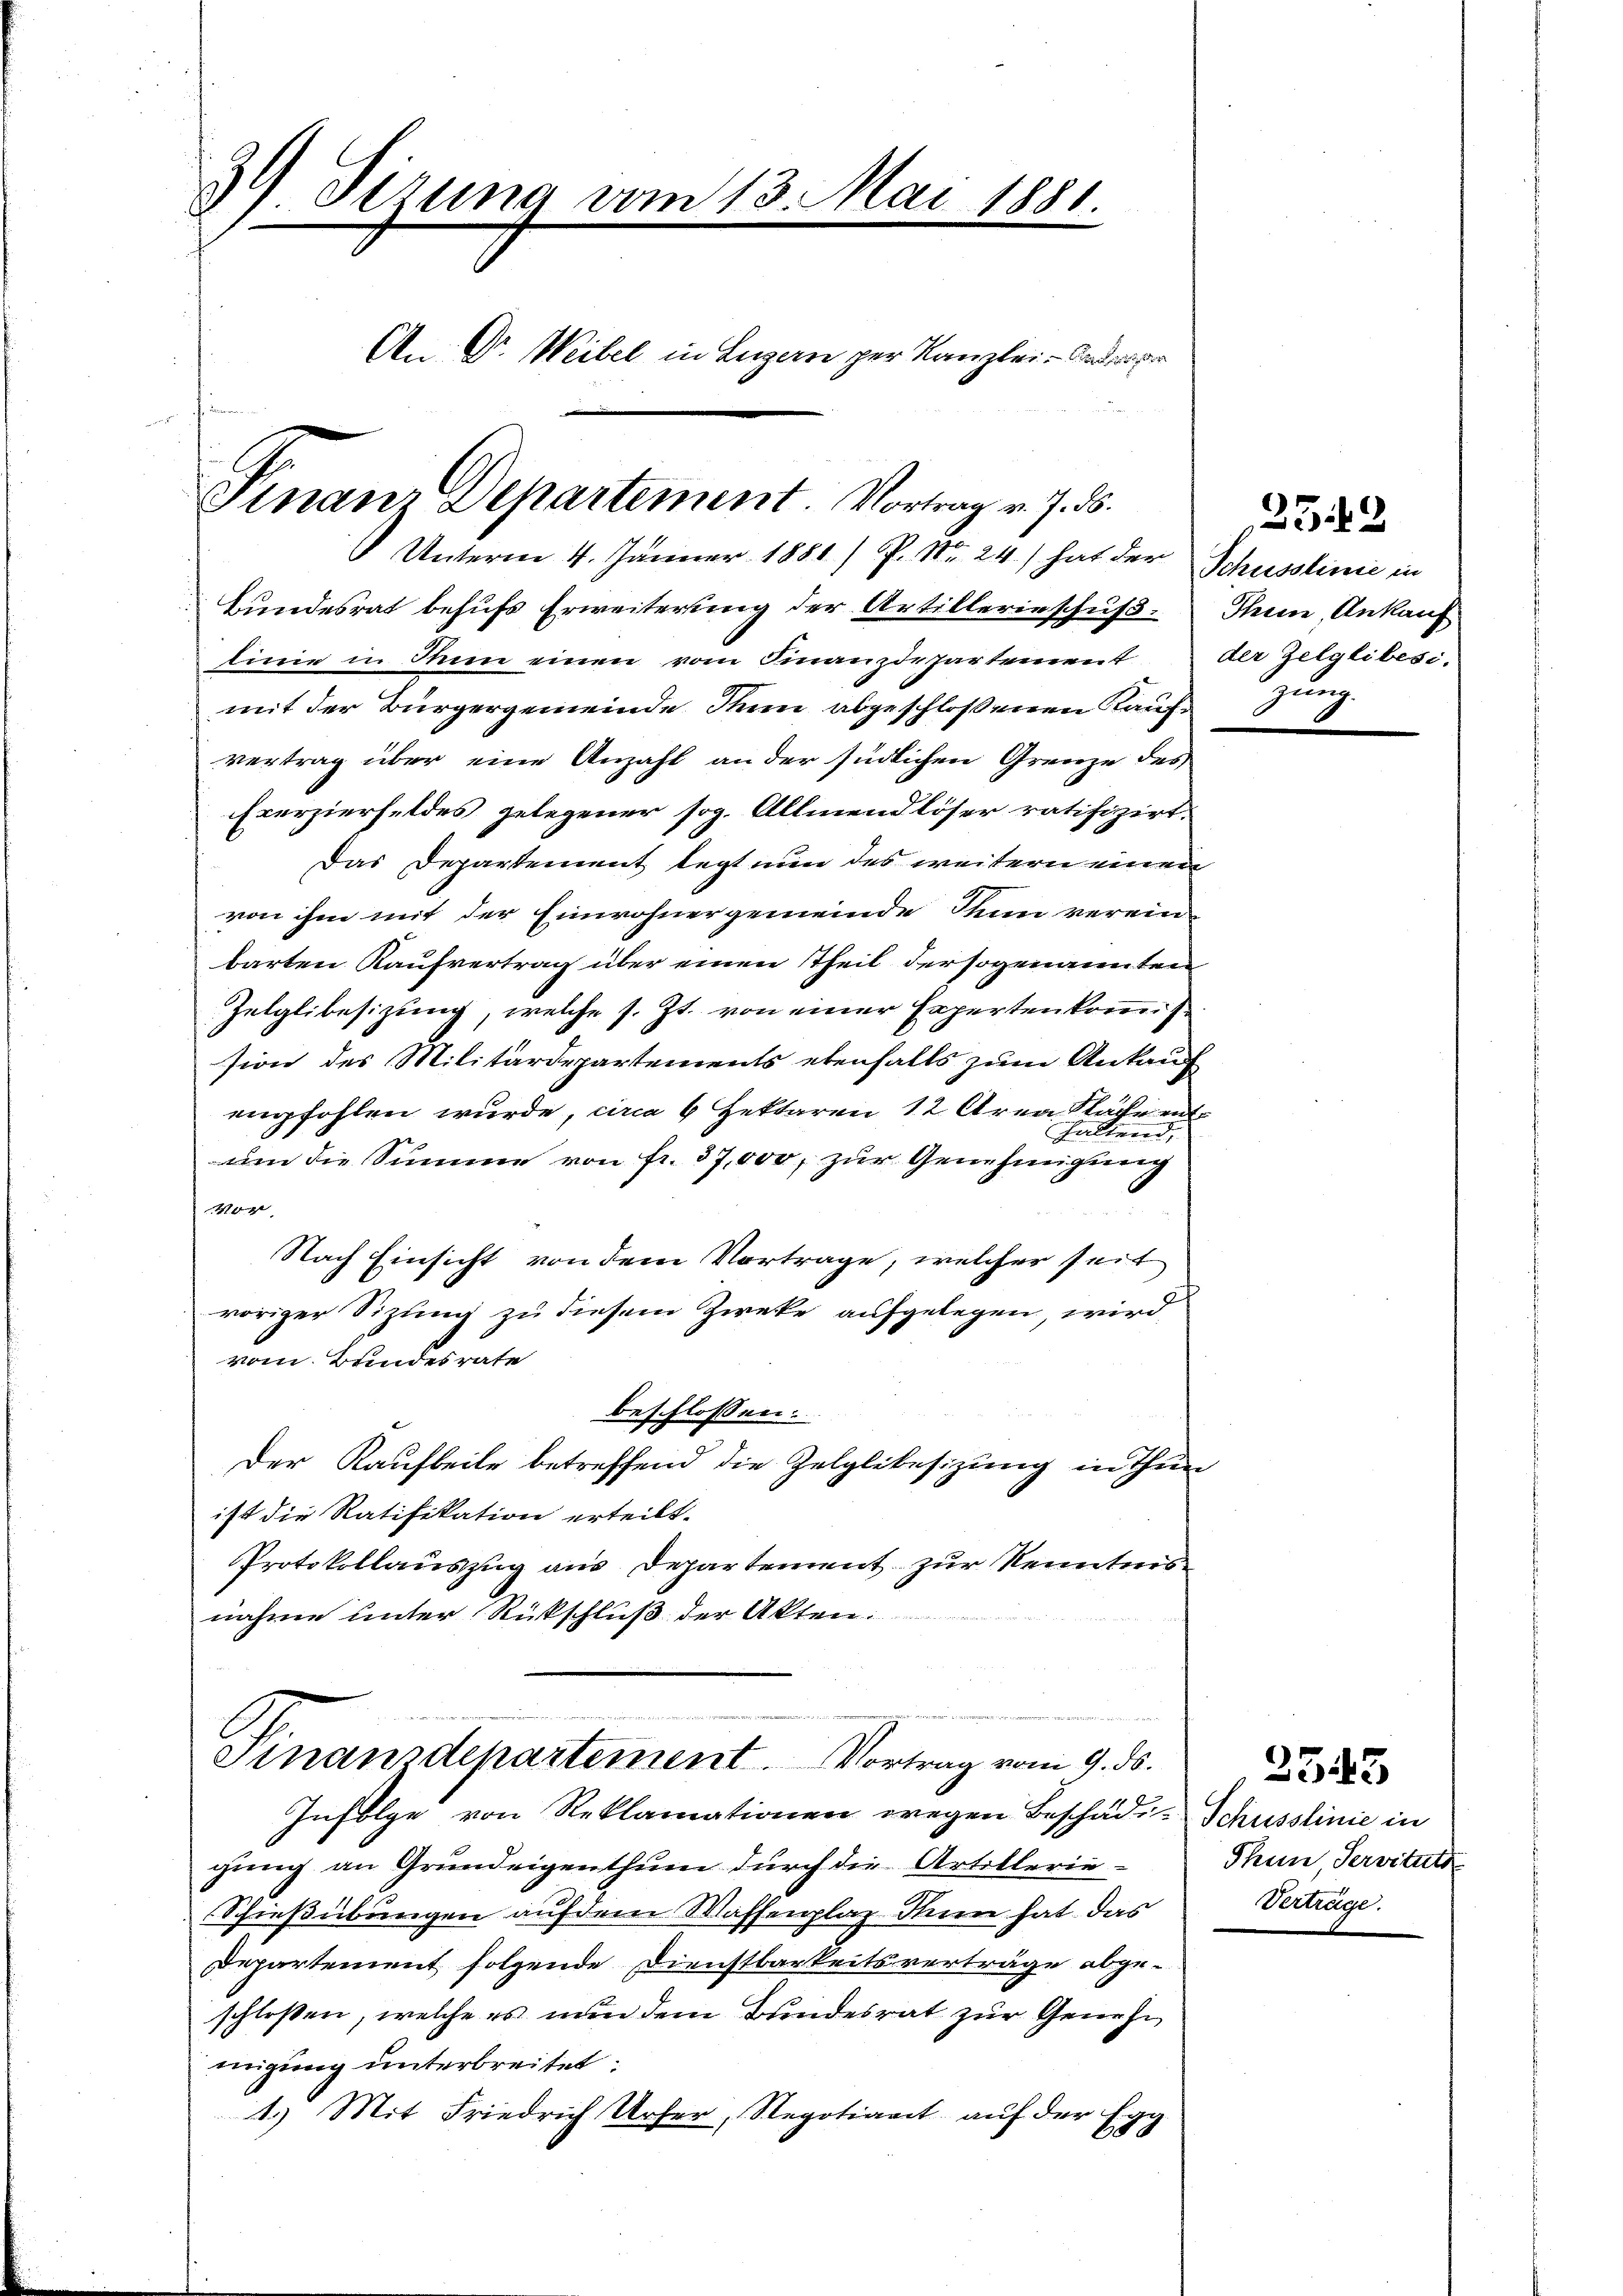
34 Tirung vom 13. Mai 1881
An Dr. Weibel in Luzern per Kanzlei- Anderpr
e
Finanz Departement. Vortrag v. 7. ds.
Unterm 4. Jänner 1881/ P. Nr. 24.) hat der Schusslinie in

Bundesrat behufs Erweiterung der Artillerinschuß. Seine Ankauf
tinie in den einen vom Finanzdepartement
mit der Bürgergemeinde Thun abgeschlossenen Kaufvertrag über eine Anzahl an der südlichen Grenze des
Exerzierfeldes gelegener sog. Allmend löser ratifizirt.
Das Departement legt nun des weitern einen
von ihm mit der Einwohnergemeinde Thun verein-
barten Kaufvertrag über einen Theil der sogenannten
Zelglibesizung, welche s. Zt. von einer Experten kommis
sion des Militärdepartements ebenfalls zum Ankauf
empfohlen wurde, circa 6 Hektoren 12 Area Fläche ent¬
Halternd,
um die Summe von fr. 37,000, zur Genehmigung
0x
Nach Einsicht von dem Vortrage, welcher seit
voriger Sizung zu diesem Zwecke aufgelegen, wird
vom Bundesrate
beschlossen:
Der Kaufbeile betreffend die Zelglibesizung in Thun
ist die Ratifikation erteilt.
PProtokollauszug aus Departement zur Kenntnis
nahme unter Rückschluß der Akten.

Finanzdepartement. Vortrag vom 9. ds.

Infolge von Reklamationen wegen Beschädi-Schusslinie in
gung an Grundeigenthum durch die Artillerie-
Schießübungen auf dem Waffenplaz Inen hat das
Departement folgende Dienstbarkeitsverträge abge-
schloßen, welche es nun dem Bundesrat zur Genehm
migung unterbreitet:
1.) Mit Friedrich Urser, Regotiant auf der Er
688

23.12
der Zelglibesi
Zung

Thun, Servituts
Verträge.

2543